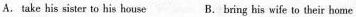
A. take his sister to his house B. bring his wife to their home